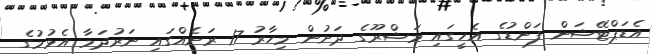
އެޑަޕްޓޭޝަން ފަންޑުގެ އެހީގައި މަޝްރޫގެ ދަށުން މިހާރު 17 ރަށެއްގައި ނަރުދަމާ އެޅުމުގެ